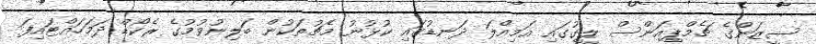
ސީޒަންގެ ޗެމްޕިއަންސް ލީގުގައި އަމިއްލަ ދަނޑުގައި ކުޅުނު މެޗުތަކުން ބަލިނުވުމުގެ ރެކޯޑް ދަމަހައްޓައިފަ